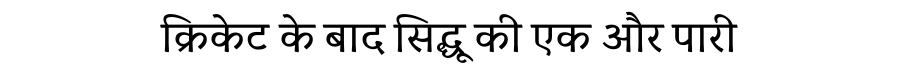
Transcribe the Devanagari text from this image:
क्रिकेट के बाद सिद्धू की एक और पारी